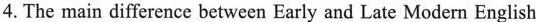
4.The main difference between Early and Late Modern English